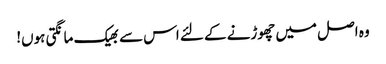
وہ اصل میں چھوڑنے کے لئے اس سے بھیک مانگتی ہوں!